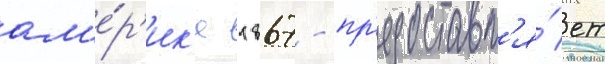
ам'е́р'ик'е 1867 - пр'едоставл'я́ет